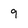
Character: 9